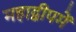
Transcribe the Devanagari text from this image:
महाद्वीपमें